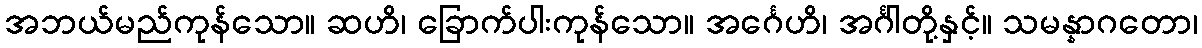
အဘယ်မည်ကုန်သော။ ဆဟိ၊ ခြောက်ပါးကုန်သော။ အင်္ဂေဟိ၊ အင်္ဂါတို့နှင့်။ သမန္နာဂတော၊